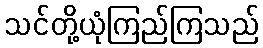
သင်တို့ယုံကြည်ကြသည်